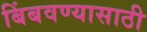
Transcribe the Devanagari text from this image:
बिंबवण्यासाठी